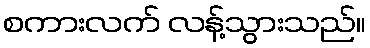
စကားလက် လန့်သွားသည်။